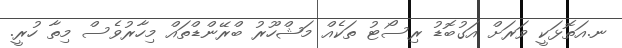
ނ.އަތޮޅަކީ ވަރަށް އަގުބޮޑު ރިސޯޓު ތަކެއް މަޝްހޫރު ބްރޭންޑްތައް މިހާރުވެސް މިތާ ހުރީ.